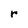
Character: r